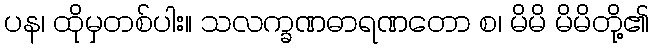
ပန၊ ထိုမှတစ်ပါး။ သလက္ခဏဓာရဏတော စ၊ မိမိ မိမိတို့၏